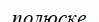
полюске